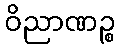
ဝိညာဏဉ္စ